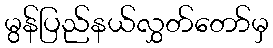
မွန်ပြည်နယ်လွှတ်တော်မှ